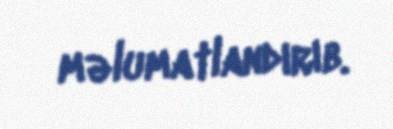
məlumatlandırıb.